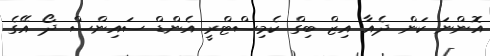
އޮންނަ ކަން ދެއާ އިޒް ބިގް ކެމިސްޓްރީ އެންޑް ސައިންސް ދޯ އޭގެ